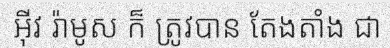
អ៊ីវ រ៉ាមូស ក៏ ត្រូវបាន តែងតាំង ជា